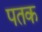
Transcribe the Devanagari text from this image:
पतक